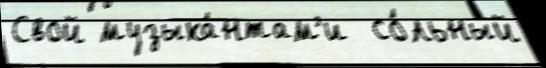
Свой музыка́нтам'и  со́льный